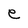
Character: e